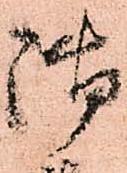
御